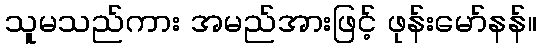
သူမသည်ကား အမည်အားဖြင့် ဖုန်းမော်နန်။